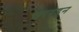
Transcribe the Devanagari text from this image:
खरवडून